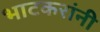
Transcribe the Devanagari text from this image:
भाटकरांनी